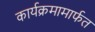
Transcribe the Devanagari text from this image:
कार्यक्रमामार्फत